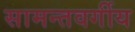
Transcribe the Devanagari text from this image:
सामन्तवर्गीय